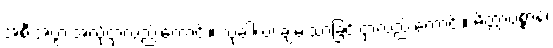
အစီးအပွားအလို့ငှာလည်းကောင်း။ သုခါယ၊ ချမ်းသာခြင်းငှာလည်းကောင်း။ မိတ္တာပစ္စာနံ၊